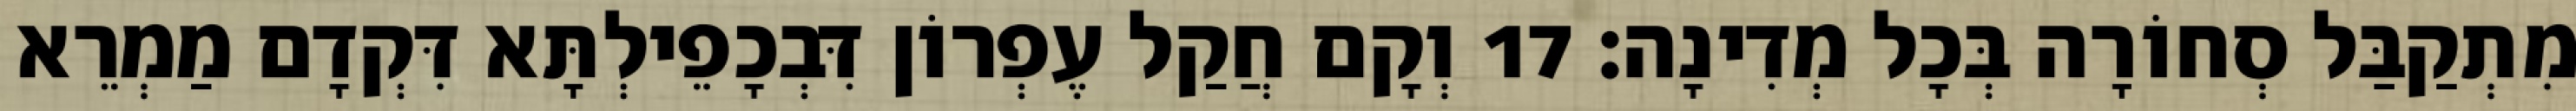
מִתְקַבַּל סְחוֹרָה בְּכָל מְדִינָה׃ 17 וְקָם חֲקַל עֶפְרוֹן דִּבְכָפֵילְתָּא דִּקְדָם מַמְרֵא